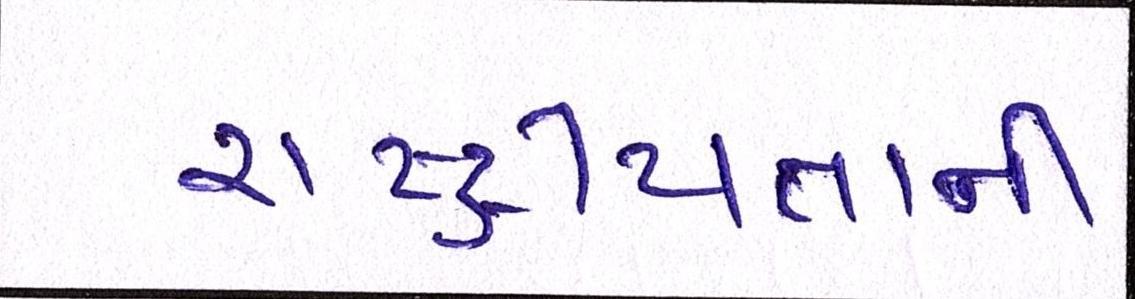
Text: રાષ્ટ્રીયતાની